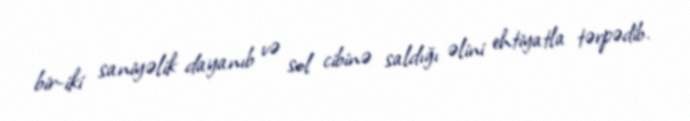
bir-iki saniyəlik dayanıb və sol cibinə saldığı əlini ehtiyatla tərpədib.